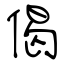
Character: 偈